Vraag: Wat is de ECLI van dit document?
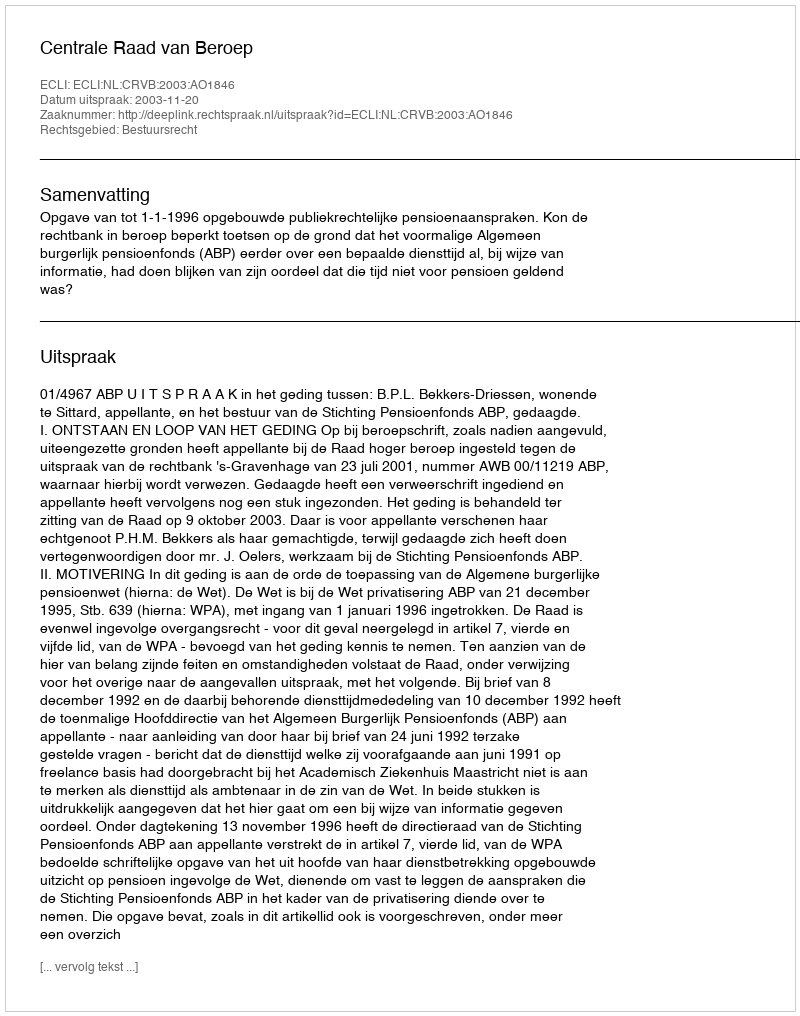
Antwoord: ECLI:NL:CRVB:2003:AO1846